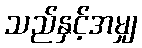
သည်နှင့်အမျှ